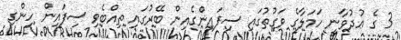
3 ގެ ޢުދުވާނީ ހަމަލާގެ ވަގުތުގައި ސިފައިންގެއިން ބޭރުގައި ތިއްބެވި ސިފައިން ހިންގި